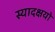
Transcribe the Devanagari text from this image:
स्यादक्षयो